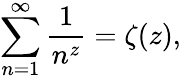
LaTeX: \sum_{n=1}^{\infty}\frac{1}{n^{z}}=\zeta(z),